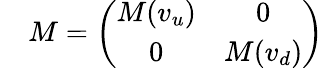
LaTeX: \quad M=\left(\begin{array}{cc}{{M(v_{u})}}&{{0}}\\ {{0}}&{{M(v_{d})}}\end{array}\right)\,